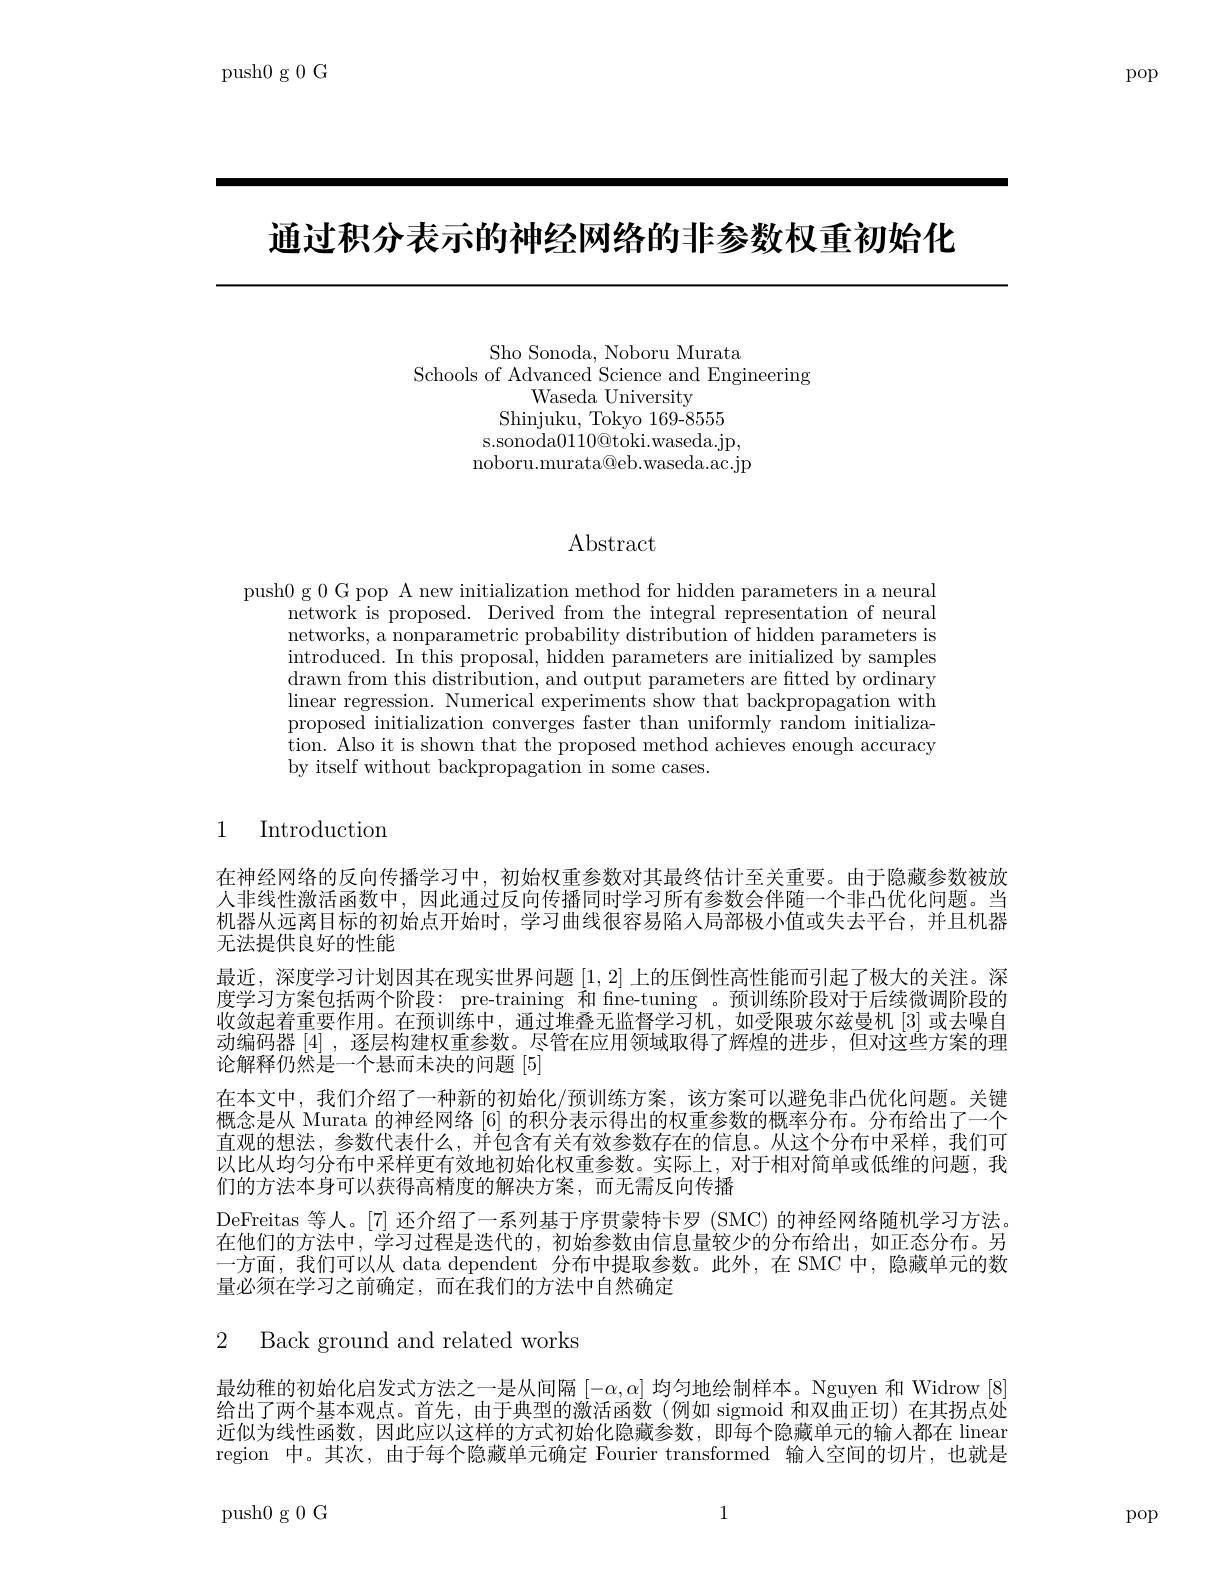
push0 g 0 G

pop

通过积分表示的神经网络的非参数权重初始化

Sho Sonoda, Noboru Murata
Schools of Advanced Science and Engineering
Waseda University
Shinjuku, Tokyo 169-8555 s. sonoda0110@ toki. waseda. jp, noboru.murata@eb.waseda.ac.jp

## Abstract

push0 g 0 G pop A new initialization method for hidden parameters in a neural
network is proposed. Derived from the integral representation of neural networks, a nonparametric probability distribution of hidden parameters is introduced. In this proposal, hidden parameters are initialized by samples drawn from this distribution, and output parameters are fitted by ordinary linear regression. Numerical experiments show that backpropagation with proposed initialization converges faster than uniformly random initialization. Also it is shown that the proposed method achieves enough accuracy by itself without backpropagation in some cases.

1 Introduction

在神经网络的反向传播学习中，初始权重参数对其最终估计至关重要。由于隐藏参数被放人非线性激活函数中，因此通过反向传播同时学习所有参数会伴随一个非凸优化问题。当机器从远离目标的初始点开始时，学习曲线很容易陷入局部极小值或失去平台，并且机器无法提供良好的性能
最近，深度学习计划因其在现实世界问题[1,2]上的压倒性高性能而引起了极大的关注。深度学习方案包括两个阶段：pre-training 和 fine-tuning 。预训练阶段对于后续微调阶段的收敛起着重要作用。在预训练中，通过堆叠无监督学习机，如受限玻尔兹曼机[3]或去噪自动编码器[4] ,逐层构建权重参数。尽管在应用领域取得了辉煌的进步，但对这些方案的理论解释仍然是一个悬而未决的问题[5]
在本文中，我们介绍了一种新的初始化/预训练方案，该方案可以避免非凸优化问题。关键概念是从 Murata 的神经网络 [6] 的积分表示得出的权重参数的概率分布。分布给出了一个直观的想法，参数代表什么，并包含有关有效参数存在的信息。从这个分布中采样，我们可以比从均匀分布中采样更有效地初始化权重参数。实际上，对于相对简单或低维的问题，我们的方法本身可以获得高精度的解决方案，而无需反向传播
DeFreitas 等人。[7] 还介绍了一系列基于序贯蒙特卡罗 (SMC) 的神经网络随机学习方法。在他们的方法中，学习过程是迭代的，初始参数由信息量较少的分布给出，如正态分布。另一方面，我们可以从 data dependent 分布中提取参数。此外，在 SMC 中，隐藏单元的数量必须在学习之前确定，而在我们的方法中自然确定

2 Back ground and related works

最幼稚的初始化启发式方法之一是从间隔$[-\alpha,\alpha]$均匀地绘制样本。Nguyen 和 Widrow [8给出了两个基本观点。首先，由于典型的激活函数(例如 sigmoid 和双曲正切)在其拐点处近似为线性函数，因此应以这样的方式初始化隐藏参数，即每个隐藏单元的输人都在 linean region 中。其次，由于每个隐藏单元确定 Fourier transformed 输入空间的切片，也就是

1

push0g0G

pop